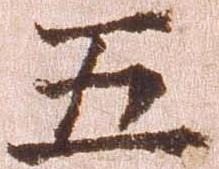
五